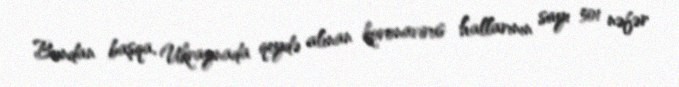
Bundan başqa, Ukraynada qeydə alınan koronavirus hallarının sayı 501 nəfər